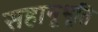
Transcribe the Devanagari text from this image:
सहानूभूति